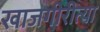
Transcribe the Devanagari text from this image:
खाजगीरीत्या